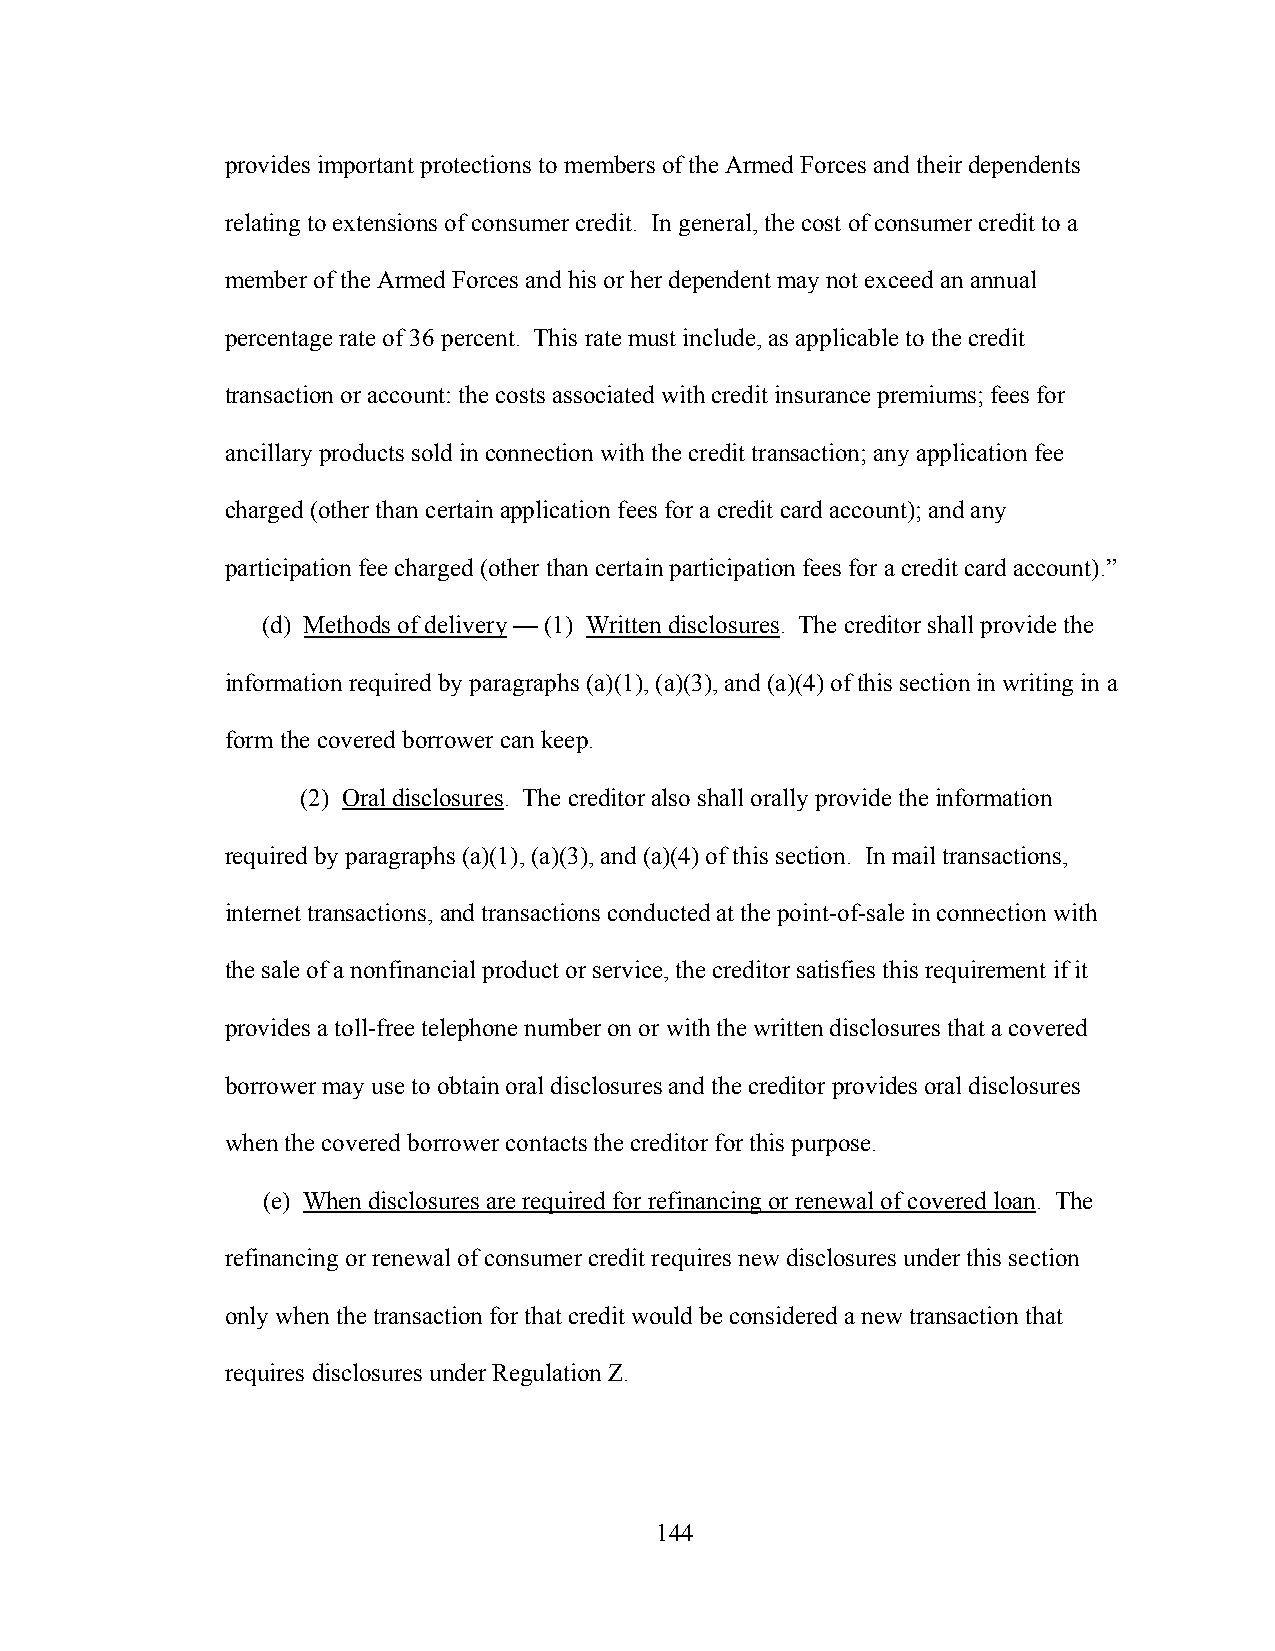
provides important protections to members of the Armed Forces and their dependents
 relating to extensions of consumer credit. In general, the cost of consumer credit to a
 member of the Armed Forces and his or her dependent may not exceed an annual
 percentage rate of 36 percent. This rate must include, as applicable to the credit
 transaction or account: the costs associated with credit insurance premiums; fees for
 ancillary products sold in connection with the credit transaction; any application fee
 charged (other than certain application fees for a credit card account); and any
 participation fee charged (other than certain participation fees for a credit card account).”
 (d) Methods of delivery — (1) Written disclosures. The creditor shall provide the
 information required by paragraphs (a)(1), (a)(3), and (a)(4) of this section in writing in a
 form the covered borrower can keep.
 (2) Oral disclosures. The creditor also shall orally provide the information
 required by paragraphs (a)(1), (a)(3), and (a)(4) of this section. In mail transactions,
 internet transactions, and transactions conducted at the point-of-sale in connection with
 the sale of a nonfinancial product or service, the creditor satisfies this requirement if it
 provides a toll-free telephone number on or with the written disclosures that a covered
 borrower may use to obtain oral disclosures and the creditor provides oral disclosures
 when the covered borrower contacts the creditor for this purpose.
 (e) When disclosures are required for refinancing or renewal of covered loan. The
 refinancing or renewal of consumer credit requires new disclosures under this section
 only when the transaction for that credit would be considered a new transaction that
 requires disclosures under Regulation Z.
 144